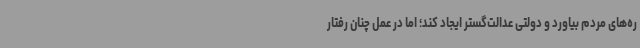
ره‌های مردم بیاورد و دولتی عدالت‌گستر ایجاد کند؛ اما در عمل چنان رفتار